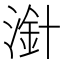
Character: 𣻁